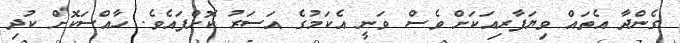
ގެންދާ އެތައް ވިޔަފާރިއަކަށް ވެސް ވަނީ އެކަމުގެ އަސަރު ކޮށްފައެވެ. ހާއްސަކޮށް ކުދި